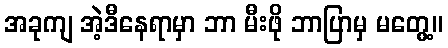
အခုကျ အဲ့ဒီနေရာမှာ ဘာ မီးဖို ဘာပြာမှ မတွေ့။